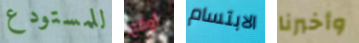
للمستودع أوقع الابتسام وأخبرنا